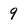
Character: 9